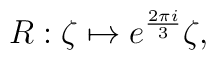
R:\zeta \mapsto e^{\frac{2\pi i}{3}}\zeta,